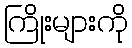
ကြိုးများကို